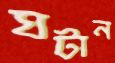
ঘটান